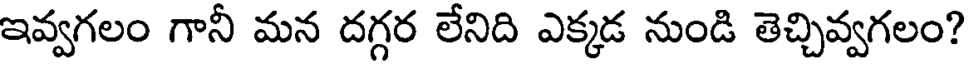
ఇవ్వగలం గానీ మన దగ్గర లేనిది ఎక్కడ నుండి తెచ్చివ్వగలం?